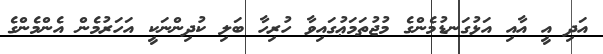
އަދި އީ އާއި އަޅުގަނޑުމެންގެ މުޖުތަމަޢުގައިވާ ހުރިހާ ބަލި ކުދިންނަކީ އަހަރުމެން އެންމެންގެ